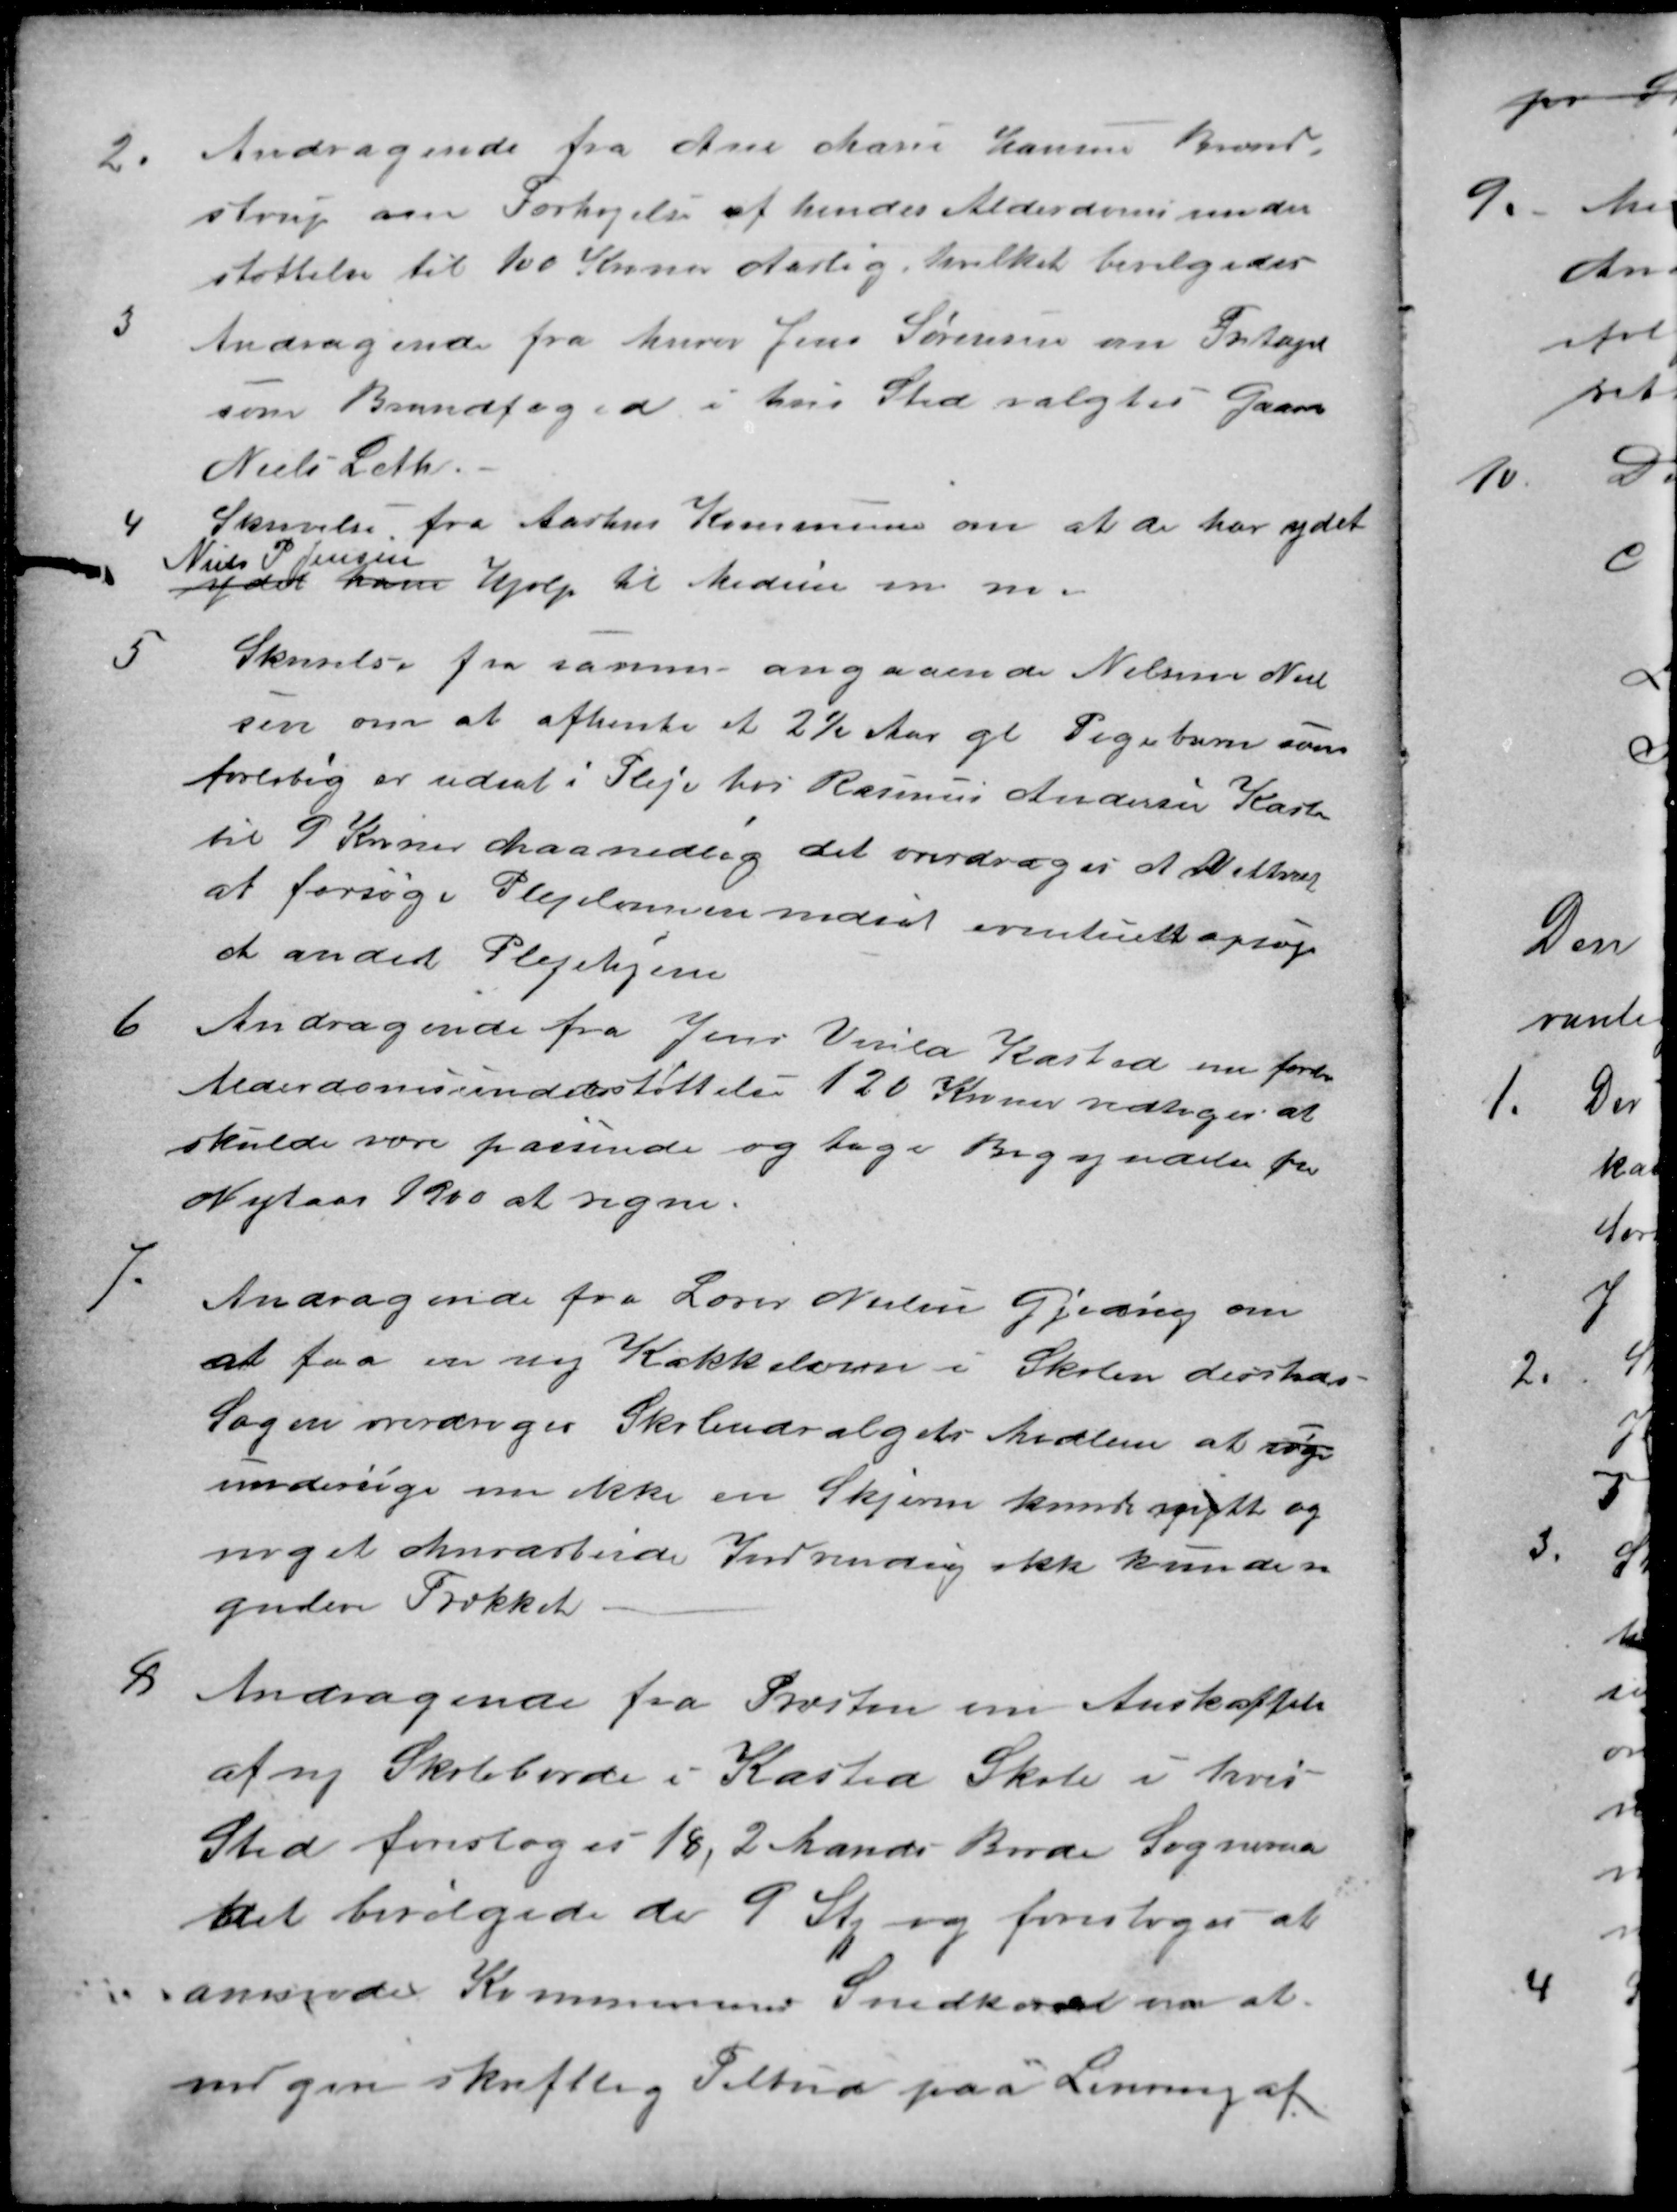
Transskription:
2.
Andragende fra Ane Marie Hansen Brend-
strup om Forhøjelse af hendes Alderdomsunder
støttelse til 100 Kroner Aarlig, hvilket bevilgedes
3
Andragende fra Murer Jens Sørensen om Fritagelse
som Brandfoged i hans Sted valgtes Gaardeier
Niels Leth
4
Skrivelse fra Aarhus Kommune om at de har ydet
ydet ham
Niels P Jensen
Hjælp til Medicin m. m.
5
Skrivelse fra samme angaaende Nelsine Niel
sen om at afhente et 2½ Aar gl Pigebarn som
forløbig er udsat i Pleje hos Rasmus Andersen Kasted
til 9 Kroner Maanedlig det overdroges A Vittrup
at forsøge Plejelønnen nedsat eventuelt opsøge
et andet Plejehjem
6
Andragende fra Jens Virila Kasted om forhøiet
Alderdomsunderstøttelse 120 Kroner vedtoges at
skulde være passende og tage Begyndelse fra
Nytaar 1900 at regne.
7.
Andragende fra Lærer Nielsen Gjeding om
at faa en ny Kakkelovn i Skolen dersteds
Sagen overdroges Skoleudvalgets Medlem at søge
undersøge om ikke en Skjerm kunde nytte og
noget Murarbeide Indvendig ikke kunde re-
gulere Trækket.
8
Andragende fra Præsten om Anskaffelse
af ny Skoleborde i Kasted Skole i hvis
Sted foresloges 18, 2 Mands Borde Sogneraa
det bevilgede de 9 Stk og foresloges at
anmode Kommunens Snedkere om at
indgive skriftlig Tilbud paa Levering af